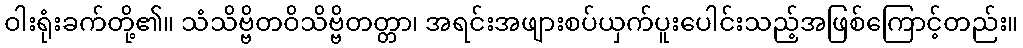
ဝါးရုံးခက်တို့၏။ သံသိဗ္ဗိတဝိသိဗ္ဗိတတ္တာ၊ အရင်းအဖျားစပ်ယှက်ပူးပေါင်းသည့်အဖြစ်ကြောင့်တည်း။